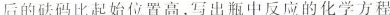
后的砝码比起始位置高，写出瓶中反应的化学方程